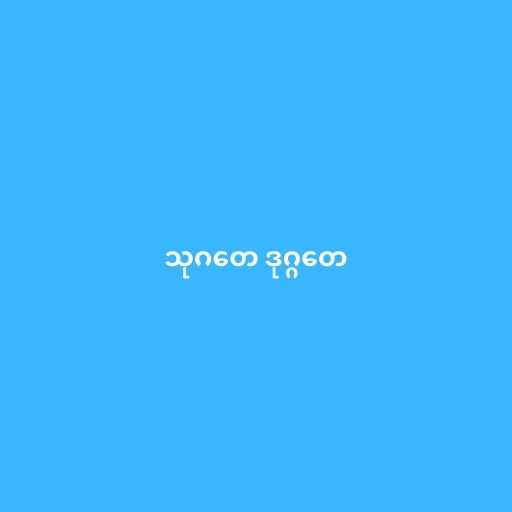
သုဂတေ ဒုဂ္ဂတေ